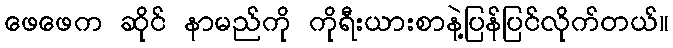
ဖေဖေက ဆိုင် နာမည်ကို ကိုရီးယားစာနဲ့ပြန်ပြင်လိုက်တယ်။